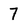
Character: 7